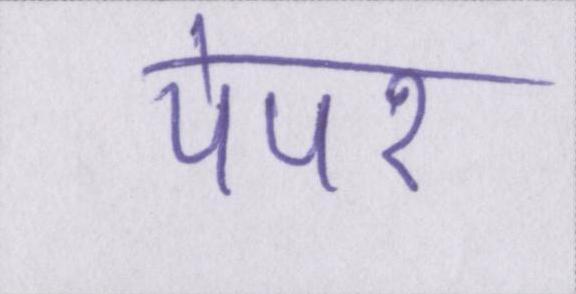
पेपर